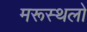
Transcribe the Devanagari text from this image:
मरूस्थलो